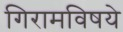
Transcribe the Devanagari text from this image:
गिरामविषये